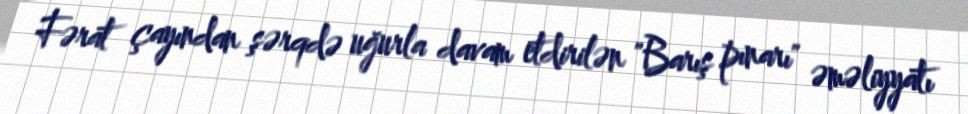
Fərat çayından şərqdə uğurla davam etdirilən "Barış pınarı" əməliyyatı